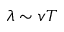
\lambda \sim v T